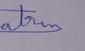
Signature authenticity: genuine